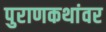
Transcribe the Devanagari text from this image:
पुराणकथांवर